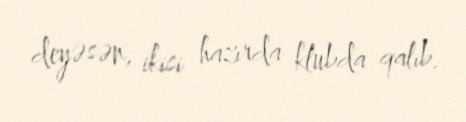
deyəsən, ikisi hazırda klubda qalıb.